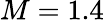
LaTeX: M=1.4